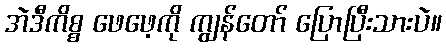
အဲဒီကိစ္စ ဖေဖေ့ကို ကျွန်တော် ပြောပြီးသားပဲ။